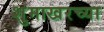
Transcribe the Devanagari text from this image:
शुमाखरच्या